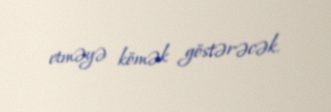
etməyə kömək göstərəcək.